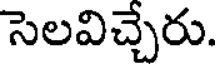
సెలవిచ్చేరు.